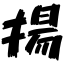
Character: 揚